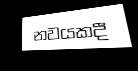
නවයකදී